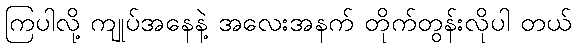
ကြပါလို့ ကျုပ်အနေနဲ့ အလေးအနက် တိုက်တွန်းလိုပါ တယ်